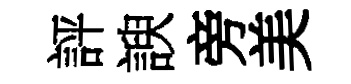
評諛旁美